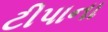
ટીપાના